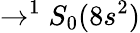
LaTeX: \rightarrow^{1}S_{0}(8s^{2})